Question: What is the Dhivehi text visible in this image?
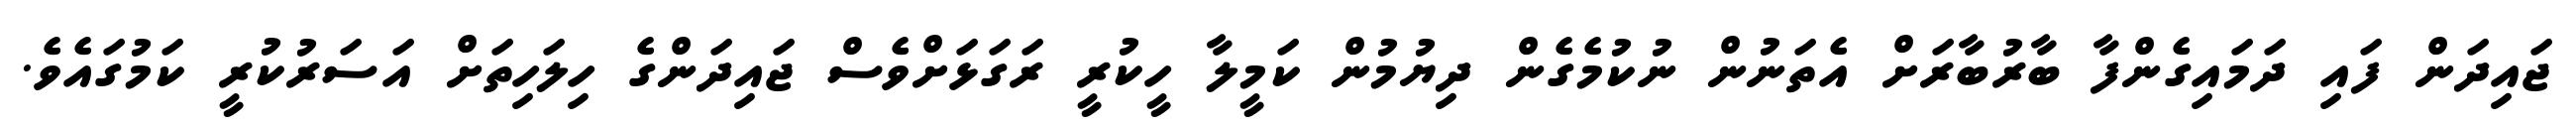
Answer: ޖައިދަން ފައި ދަމައިގެންފާ ބާރުބާރަށް އެތަނުން ނުކުމެގެން ދިޔުމުން ކަމީލާ ހީކުރީ ރަގަޅަށްވެސް ޖައިދަންގެ ހިލަހިތަށް އަސަރުކުރީ ކަމުގައެވެ.